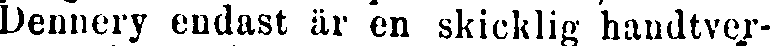
Dennery endast är en skicklig handtver-